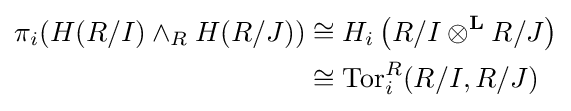
{\begin{aligned}\pi _{i}(H(R/I)\wedge _{R}H(R/J))&\cong H_{i}\left(R/I\otimes ^{\mathbf {L} }R/J\right)\\&\cong \operatorname {Tor} _{i}^{R}(R/I,R/J)\end{aligned}}